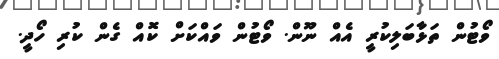
ވޯޓުން ތަޅާބަލިކުރީ އެއް ނޫން. ވޯޓުން ވައްކަށް ކޮއް ގެން ކުރި ހޯދީ.